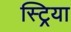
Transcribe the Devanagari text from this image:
स्ट्रिया